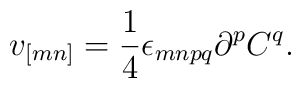
v_{[mn]} = \frac{1}{4}\epsilon_{mnpq}\partial^{p}C^{q}.